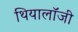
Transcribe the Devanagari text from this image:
थियालॉजी